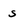
Character: s